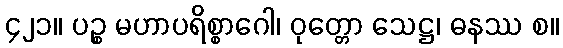
၄၂၁။ ပဉ္စ မဟာပရိစ္စာဂေါ၊ ဝုတ္တော သေဋ္ဌ၊ ဓနဿ စ။